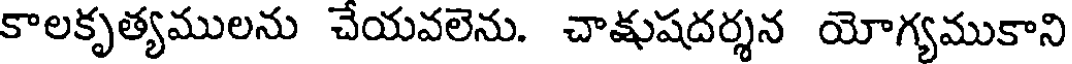
కాలకృత్యములను చేయవలెను. చాక్షుషదర్శన యోగ్యముకాని